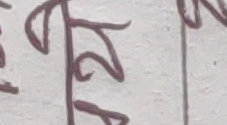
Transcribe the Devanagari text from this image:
४ ५